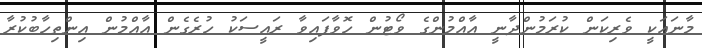
މާނައަކީ ވެރިކަން ކުރަމުންދާނީ އާއްމުންގެ ވޯޓުން ހޮވާފައިވާ ރައީސަކު ހުރެގެން އާއްމުން އިންތިހާބުކުރާ